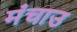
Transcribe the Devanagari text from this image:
मंचाउ